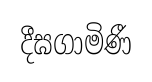
දීඝගාමිණී